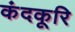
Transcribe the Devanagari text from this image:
कंदकूरि